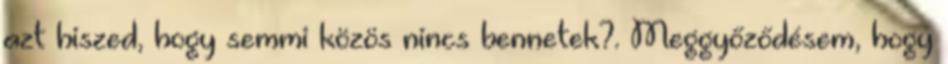
azt hiszed, hogy semmi közös nincs bennetek?. Meggyőződésem, hogy